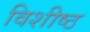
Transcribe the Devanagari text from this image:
विशीष्ठ